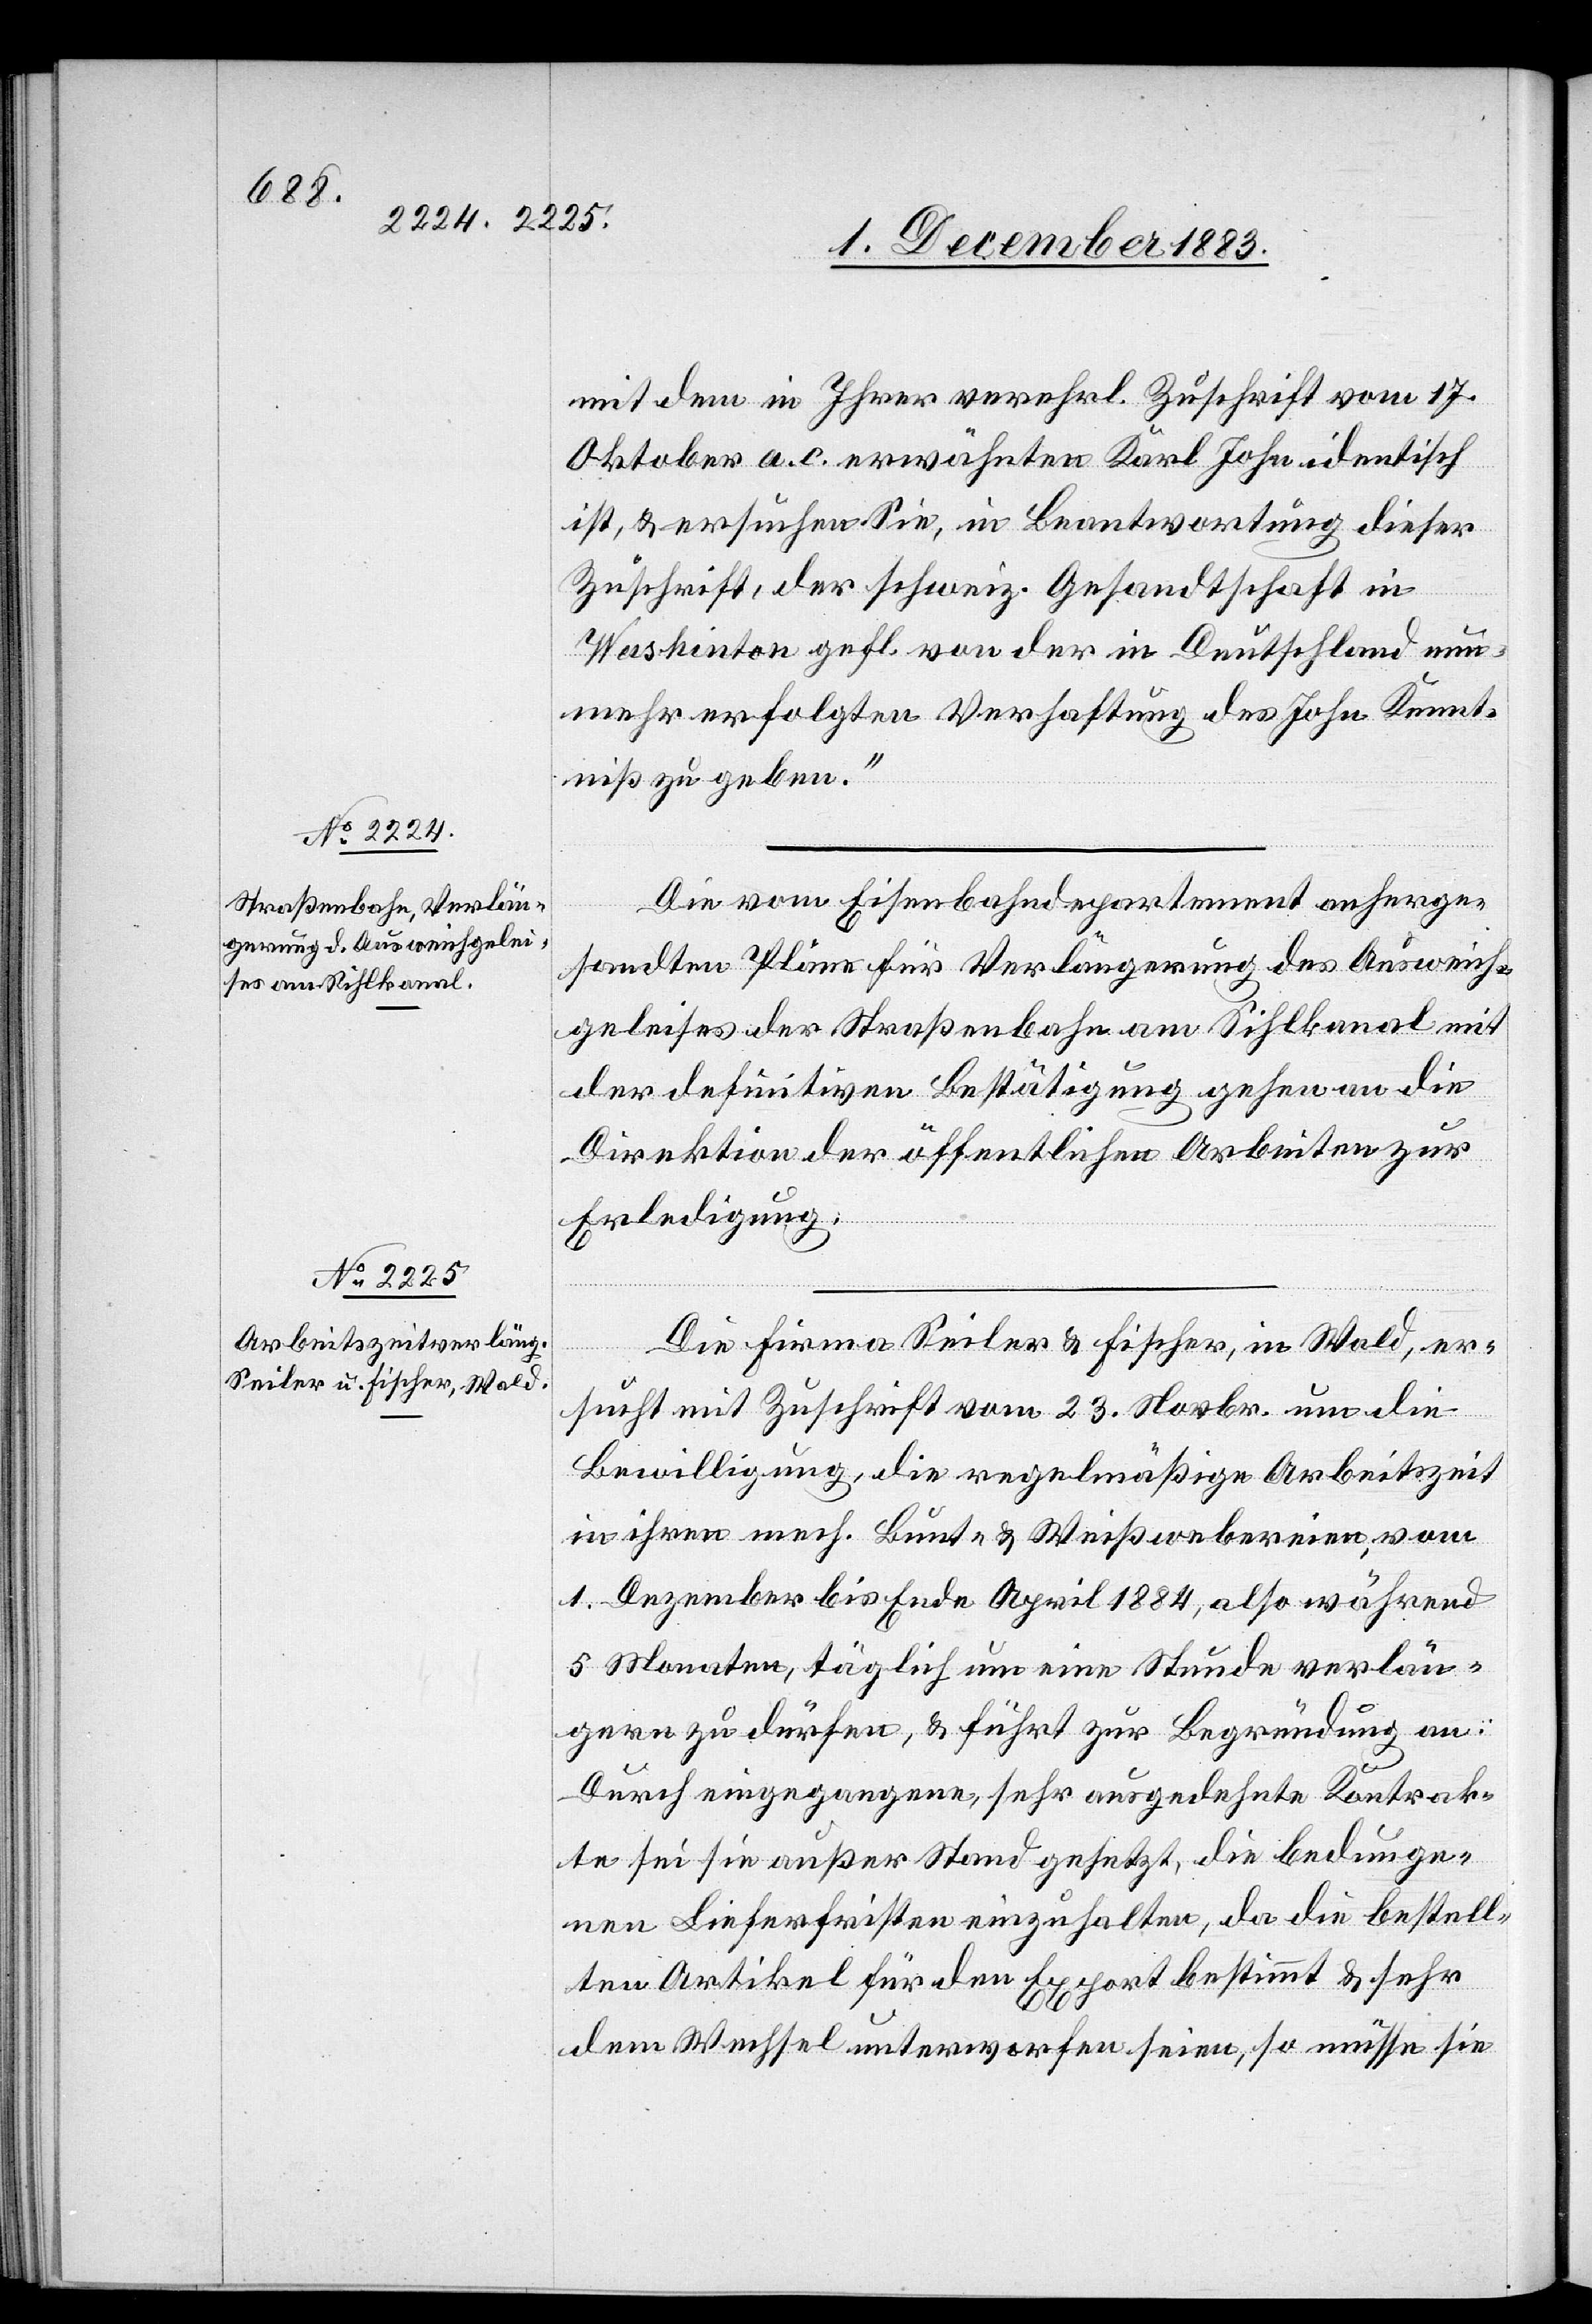
4. December 1883.]
mit dem in Ihrer verehrl. Zuschrift vom 17.
Oktober a. c. erwähnten Karl John identisch
ist, & ersuchen Sie, in Beantwortung dieser
Zuschrift, der schweiz. Gesandtschaft in
fügungen.
Washington gefl. von der in Deutschland nun¬
mehr erfolgten Verhaftung des John Kennt¬
niß zu geben.“
Die vom Eisenbahndepartement anherge¬
sandten Pläne für Verlängerung des Ausweich¬
geleises der Straßenbahn am Sihlkanal mit
der definitiven Bestätigung gehen an die
Direktion der öffentlichen Arbeiten zur
Erledigung.
Die Firma Seiler & Fischer, in Wald, er¬
sucht mit Zuschrift vom 23. Novbr. um die
Bewilligung, die regelmäßige Arbeitszeit
in ihren mech. Bunt- & Weißwebereien, vom
1. Dezember bis Ende April 1884, also während
5 Monaten, täglich um eine Stunde verlän¬
gern zu dürfen, & führt zur Begründung an:
Durch eingegangene, sehr ausgedehnte Kontrak¬
te sei sie außer Stand gesetzt, die bedunge¬
nen Lieferfristen einzuhalten, da die bestell¬
ten Artikel für den Export bestimmt & sehr
dem Wechsel unterworfen seien, so müsse sie